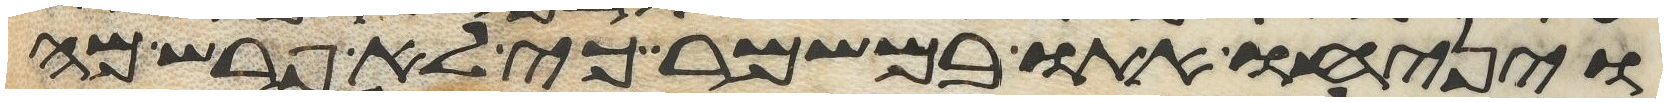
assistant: ויניחו אתו במשמר כי לא פרש מה